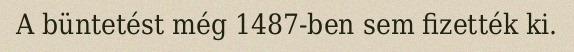
A büntetést még 1487-ben sem fizették ki.